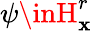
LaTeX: \psi\inH_{\mathbf{x}}^{r}